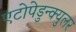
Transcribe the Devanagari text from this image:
एंटोपेडुन्क्युलर